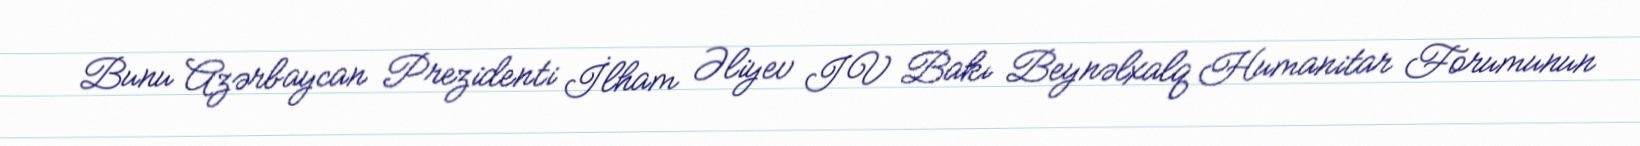
Bunu Azərbaycan Prezidenti İlham Əliyev IV Bakı Beynəlxalq Humanitar Forumunun